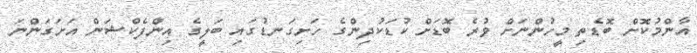
އާންމުކޮށް ބޮޑެތި މީހުންނަށް ވުރެ ބޮޑަށް ކުޑަކުދިންގެ ހަށިގަނޑުގައި ބަލީގެ އިންފެކްޝަން އަށަގަންނަ